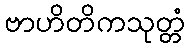
ဗာဟိတိကသုတ္တံ